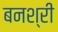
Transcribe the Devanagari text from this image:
बनश्री